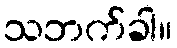
သဘက်ခါ။